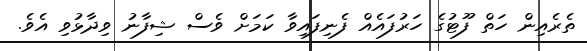
ތެރެއިން ހަތް ފޫޓުގެ ހަރުފައެއް ފެނިފައިވާ ކަމަށް ވެސް ޝިފާނު ވިދާޅުވި އެވެ.